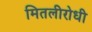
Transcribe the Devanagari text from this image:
मितलीरोधी